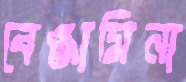
বেঞ্জামিনা